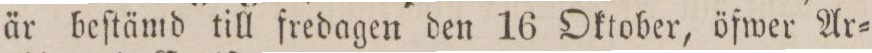
är beſtämd till fredagen den 16 Oktober, öfwer Ar=